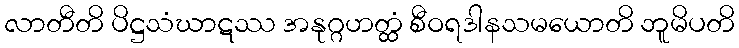
လာတီတိ ပိဋ္ဌသံဃာဋဿ အနုဂ္ဂဟတ္ထံ စီဝရဒါနသမယောတိ ဘူမိပတိ